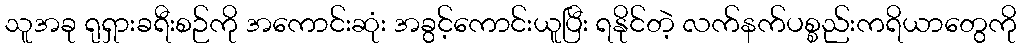
သူအခု ရုရှားခရီးစဉ်ကို အကောင်းဆုံး အခွင့်ကောင်းယူပြီး ရနိုင်တဲ့ လက်နက်ပစ္စည်းကရိယာတွေကို